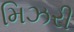
મિઝરી